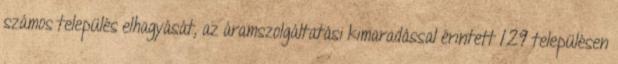
számos település elhagyását, az áramszolgáltatási kimaradással érintett 129 településen